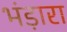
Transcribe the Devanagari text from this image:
भंड़ारा